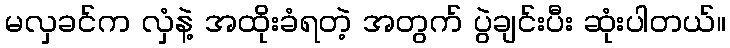
မလှခင်က လှံနဲ့ အထိုးခံရတဲ့ အတွက် ပွဲချင်းပီး ဆုံးပါတယ်။